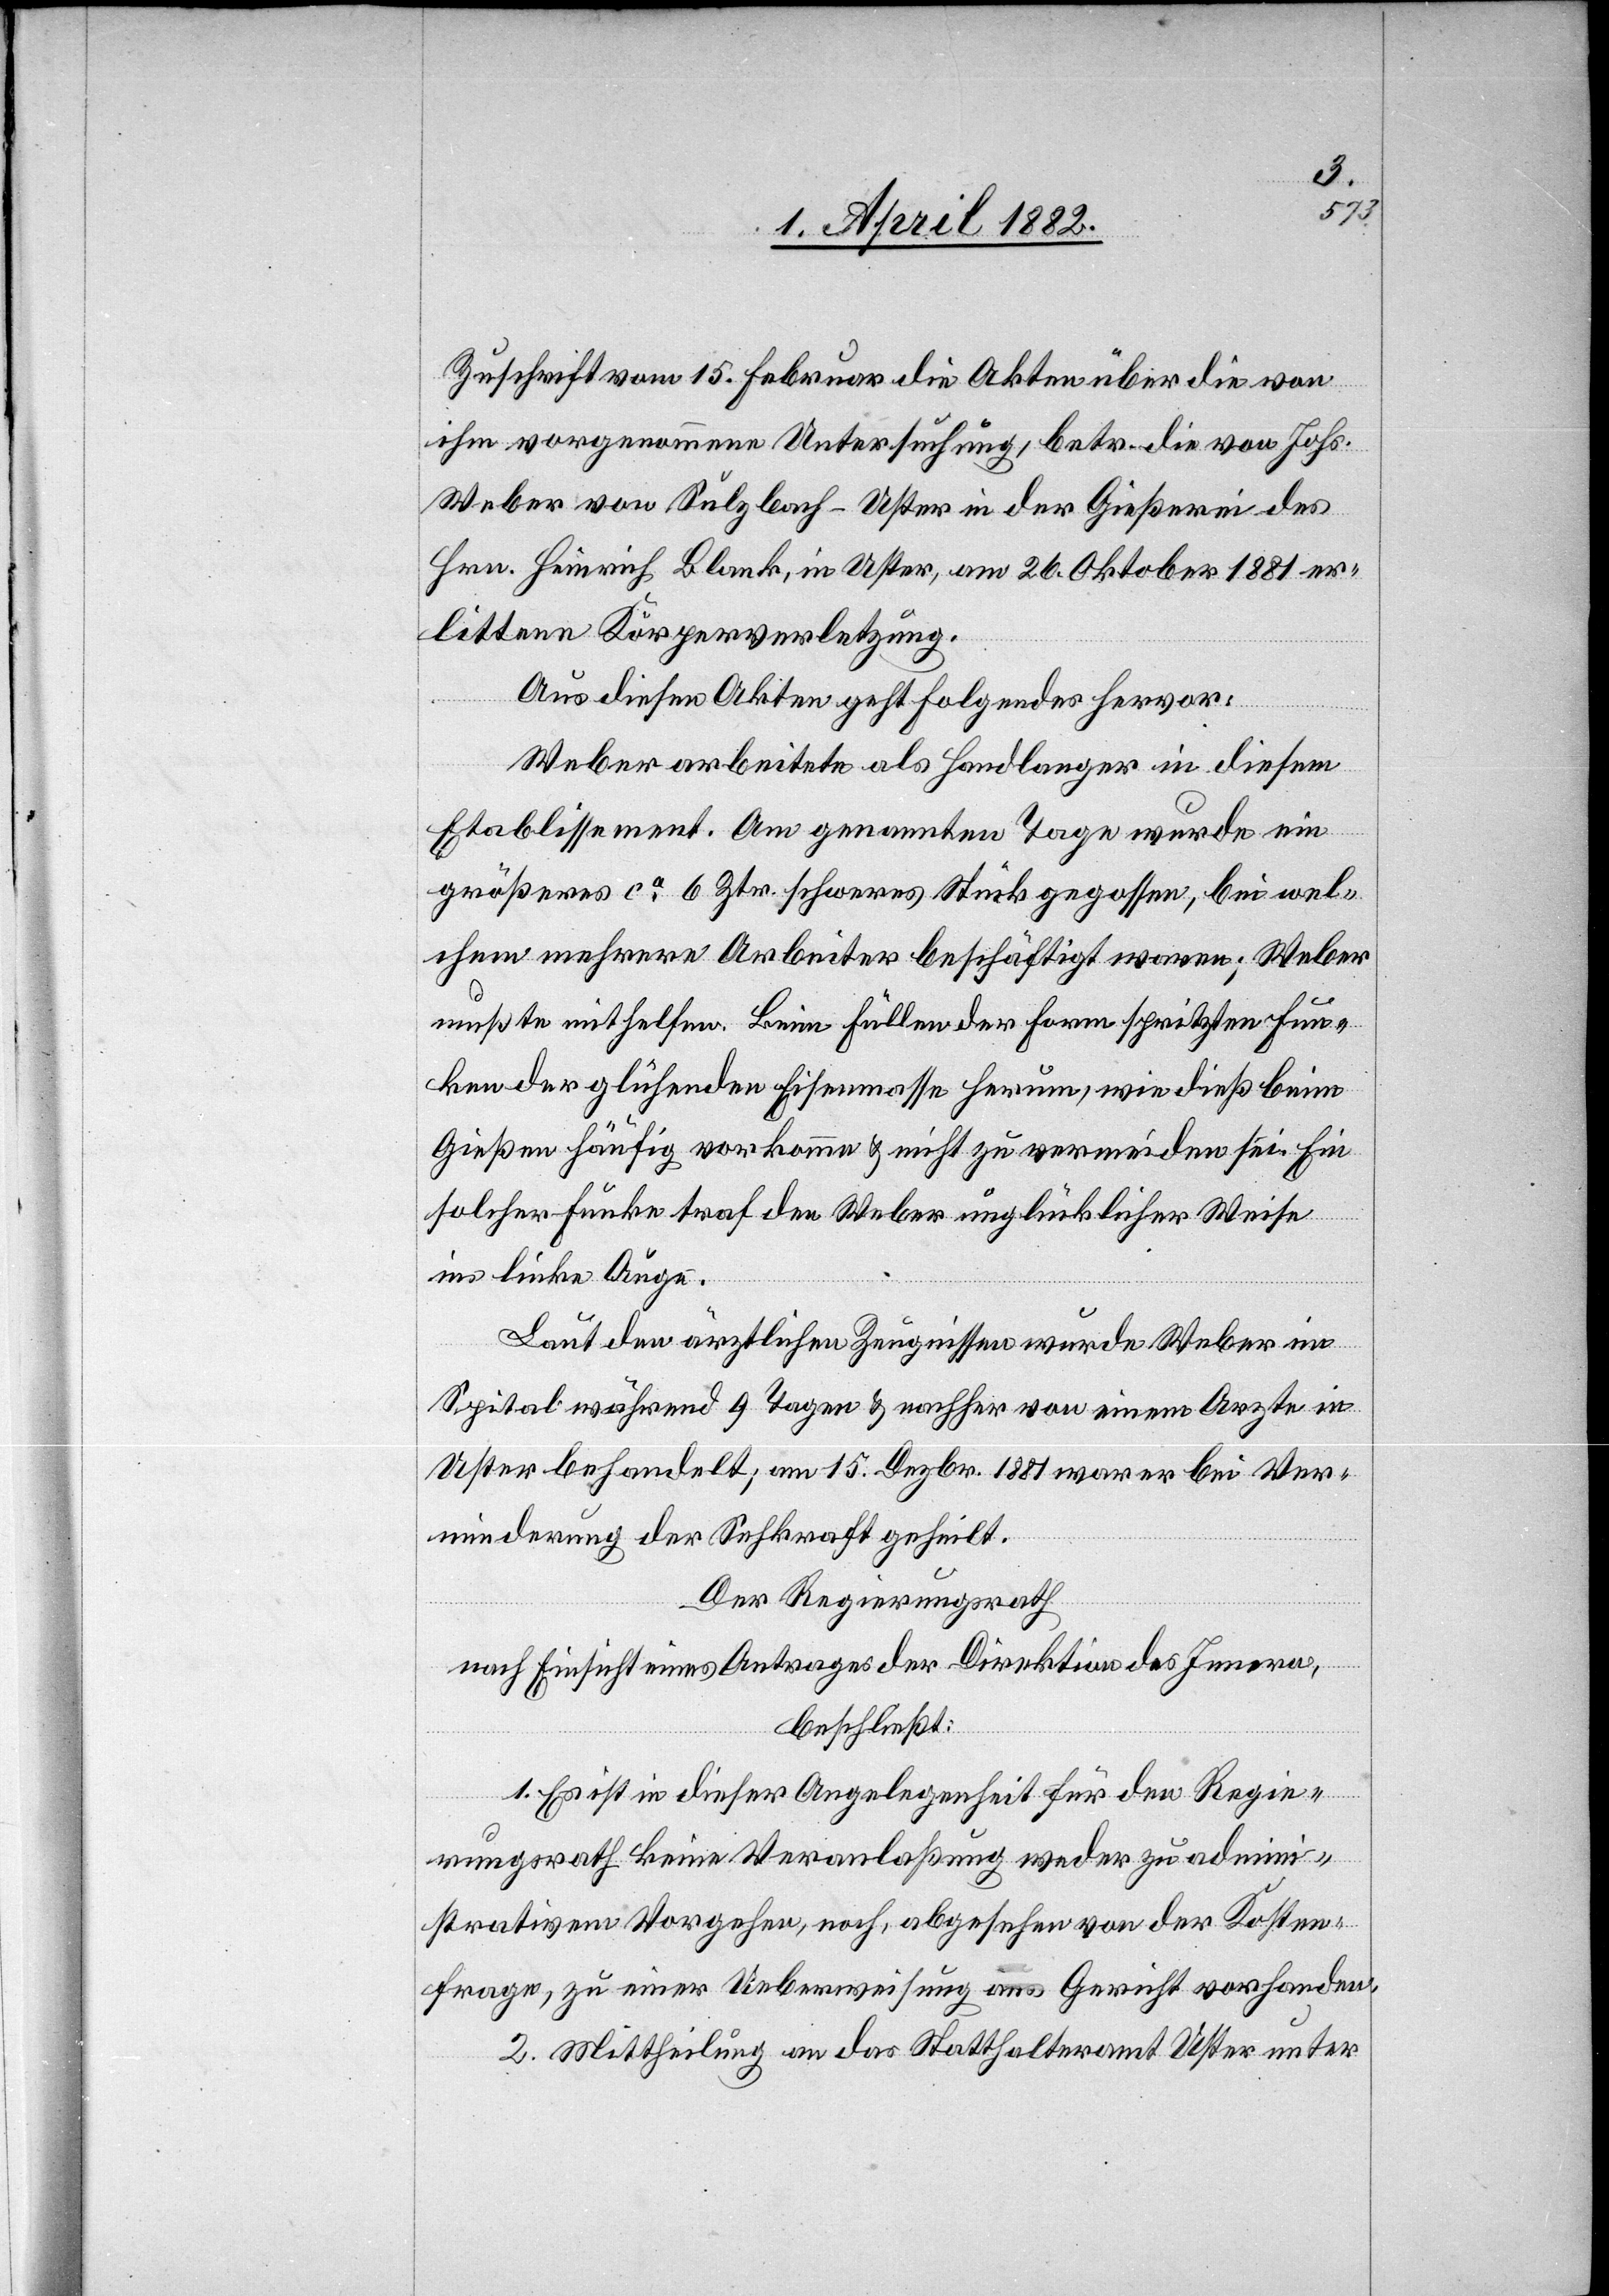
Zuschrift vom 15. Februar die Akten über die von
ihm vorgenommene Untersuchung, betr. die von Johs.
Weber von Sulzbach - Uster in der Gießerei des
Hrn. Heinrich Blank, in Uster, am 26. Oktober 1881 er¬
littene Körperverletzung.
Aus diesen Akten geht Folgendes hervor:
Weber arbeitete als Handlanger in diesem
Etablissement. Am genannten Tage wurde ein
größeres ca 6 Ztr. schweres Stück gegossen, bei wel¬
chem mehrere Arbeiter beschäftigt waren; Weber
mußte mithelfen. Beim Füllen der Form spritzten Fun¬
ken der glühenden Eisenmasse herum, wie dieß beim
Gießen häufig vorkomme & nicht zu vermeiden sei. Ein
solcher Funke traf den Weber unglücklicher Weise
ins linke Auge.
Laut den ärztlichen Zeugnissen wurde Weber im
Spital während 9 Tagen & nachher von einem Arzte in
Uster behandelt; am 15. Dezbr. 1881 war er bei Ver¬
minderung der Sehkraft geheilt.
Der Regierungsrath
nach Einsicht eines Antrages der Direktion des Innern,
beschließt:
1. Es ist in dieser Angelegenheit für den Regie¬
rungsrath keine Veranlaßung weder zu admini¬
strativem Vorgehen, noch, abgesehen von der Kosten¬
frage, zu einer Ueberweisung ans Gericht vorhanden.
2. Mittheilung an das Statthalteramt Uster unter